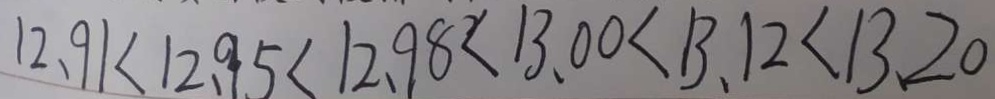
1 2 . 9 1 < 1 2 . 9 5 < 1 2 . 9 8 < 1 3 . 0 0 < 1 3 . 1 2 < 1 3 . 2 0